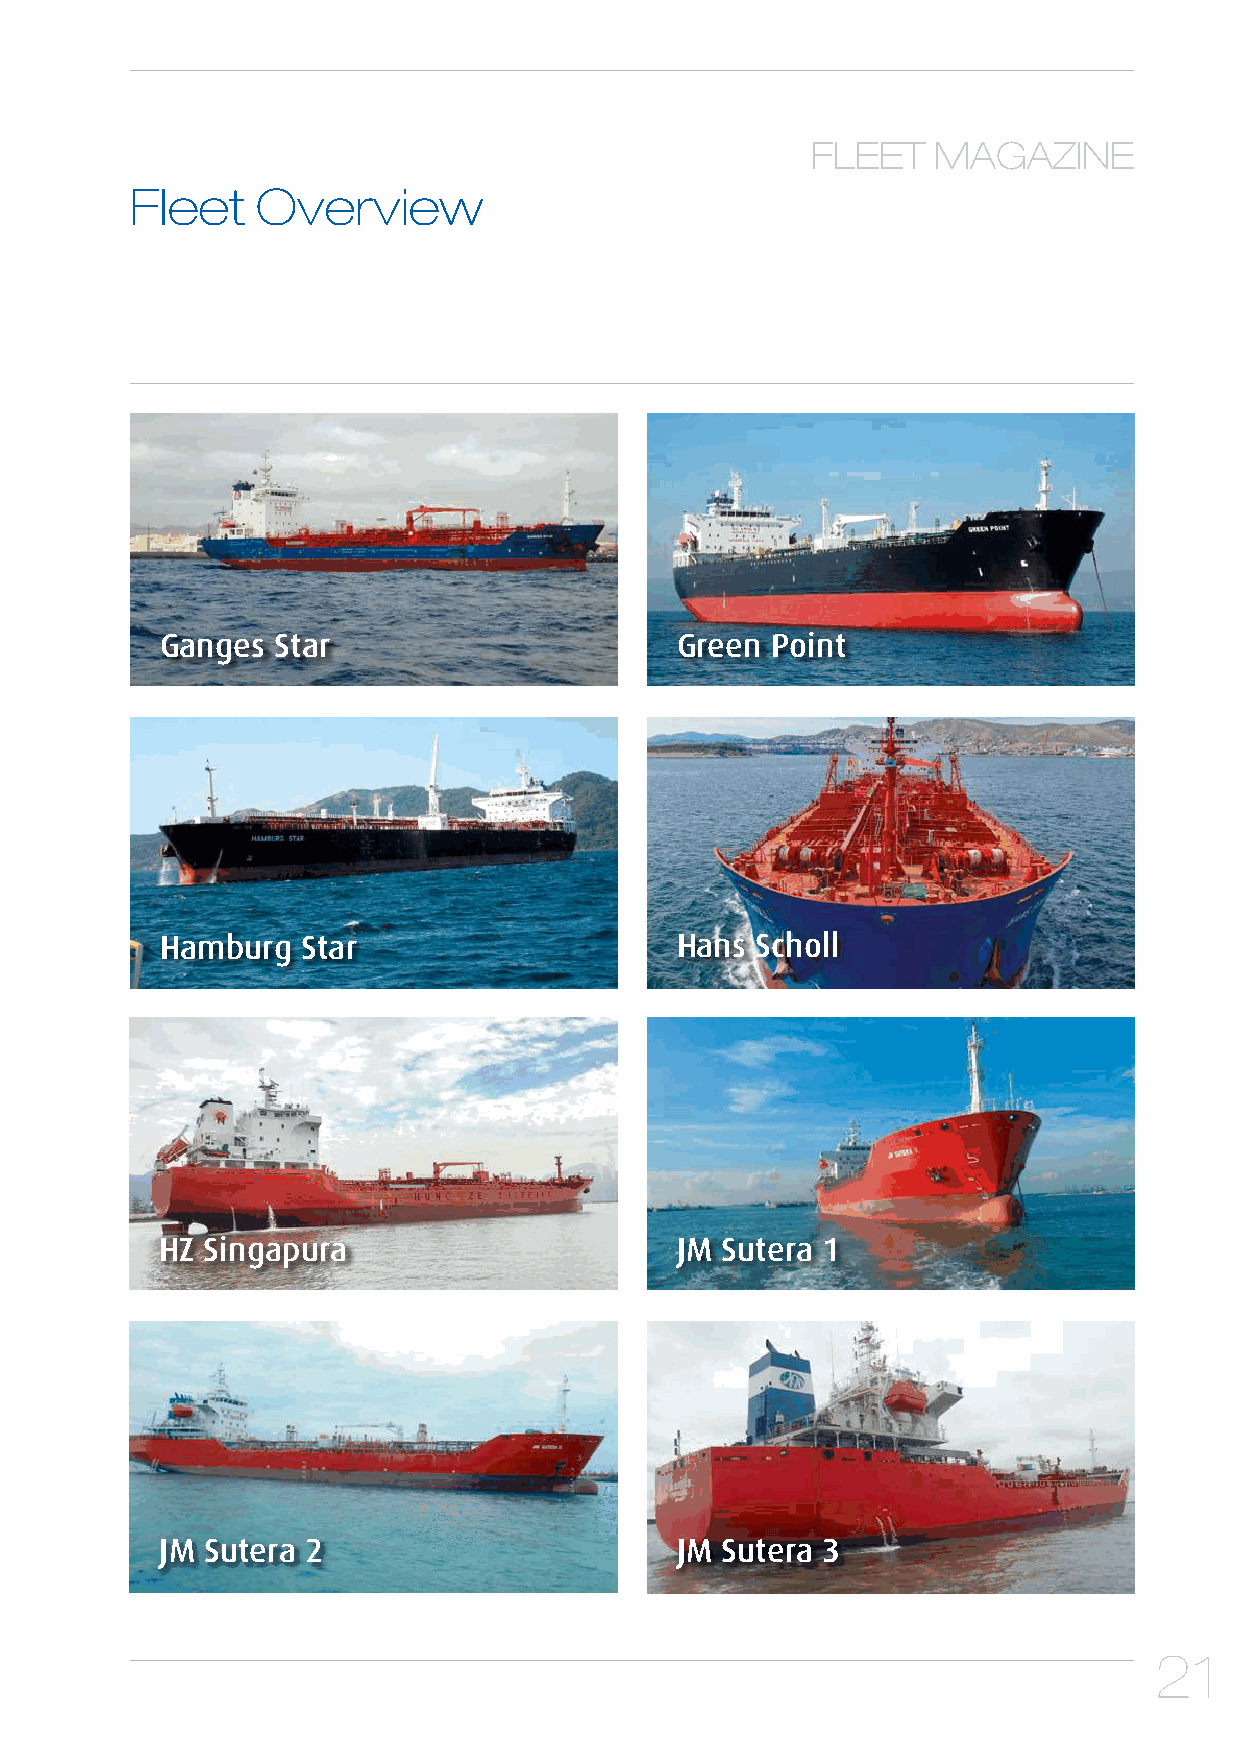
FLEET   MAGAZINE
 Fleet   Overview
 Ganges Star                       Green Point
 Hamburg  Star                     Hans Scholl
 HZ Singapura                      JM Sutera 1
 JM Sutera 2                       JM Sutera 3
 21